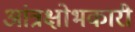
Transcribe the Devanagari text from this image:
आंत्रक्षोभकारी